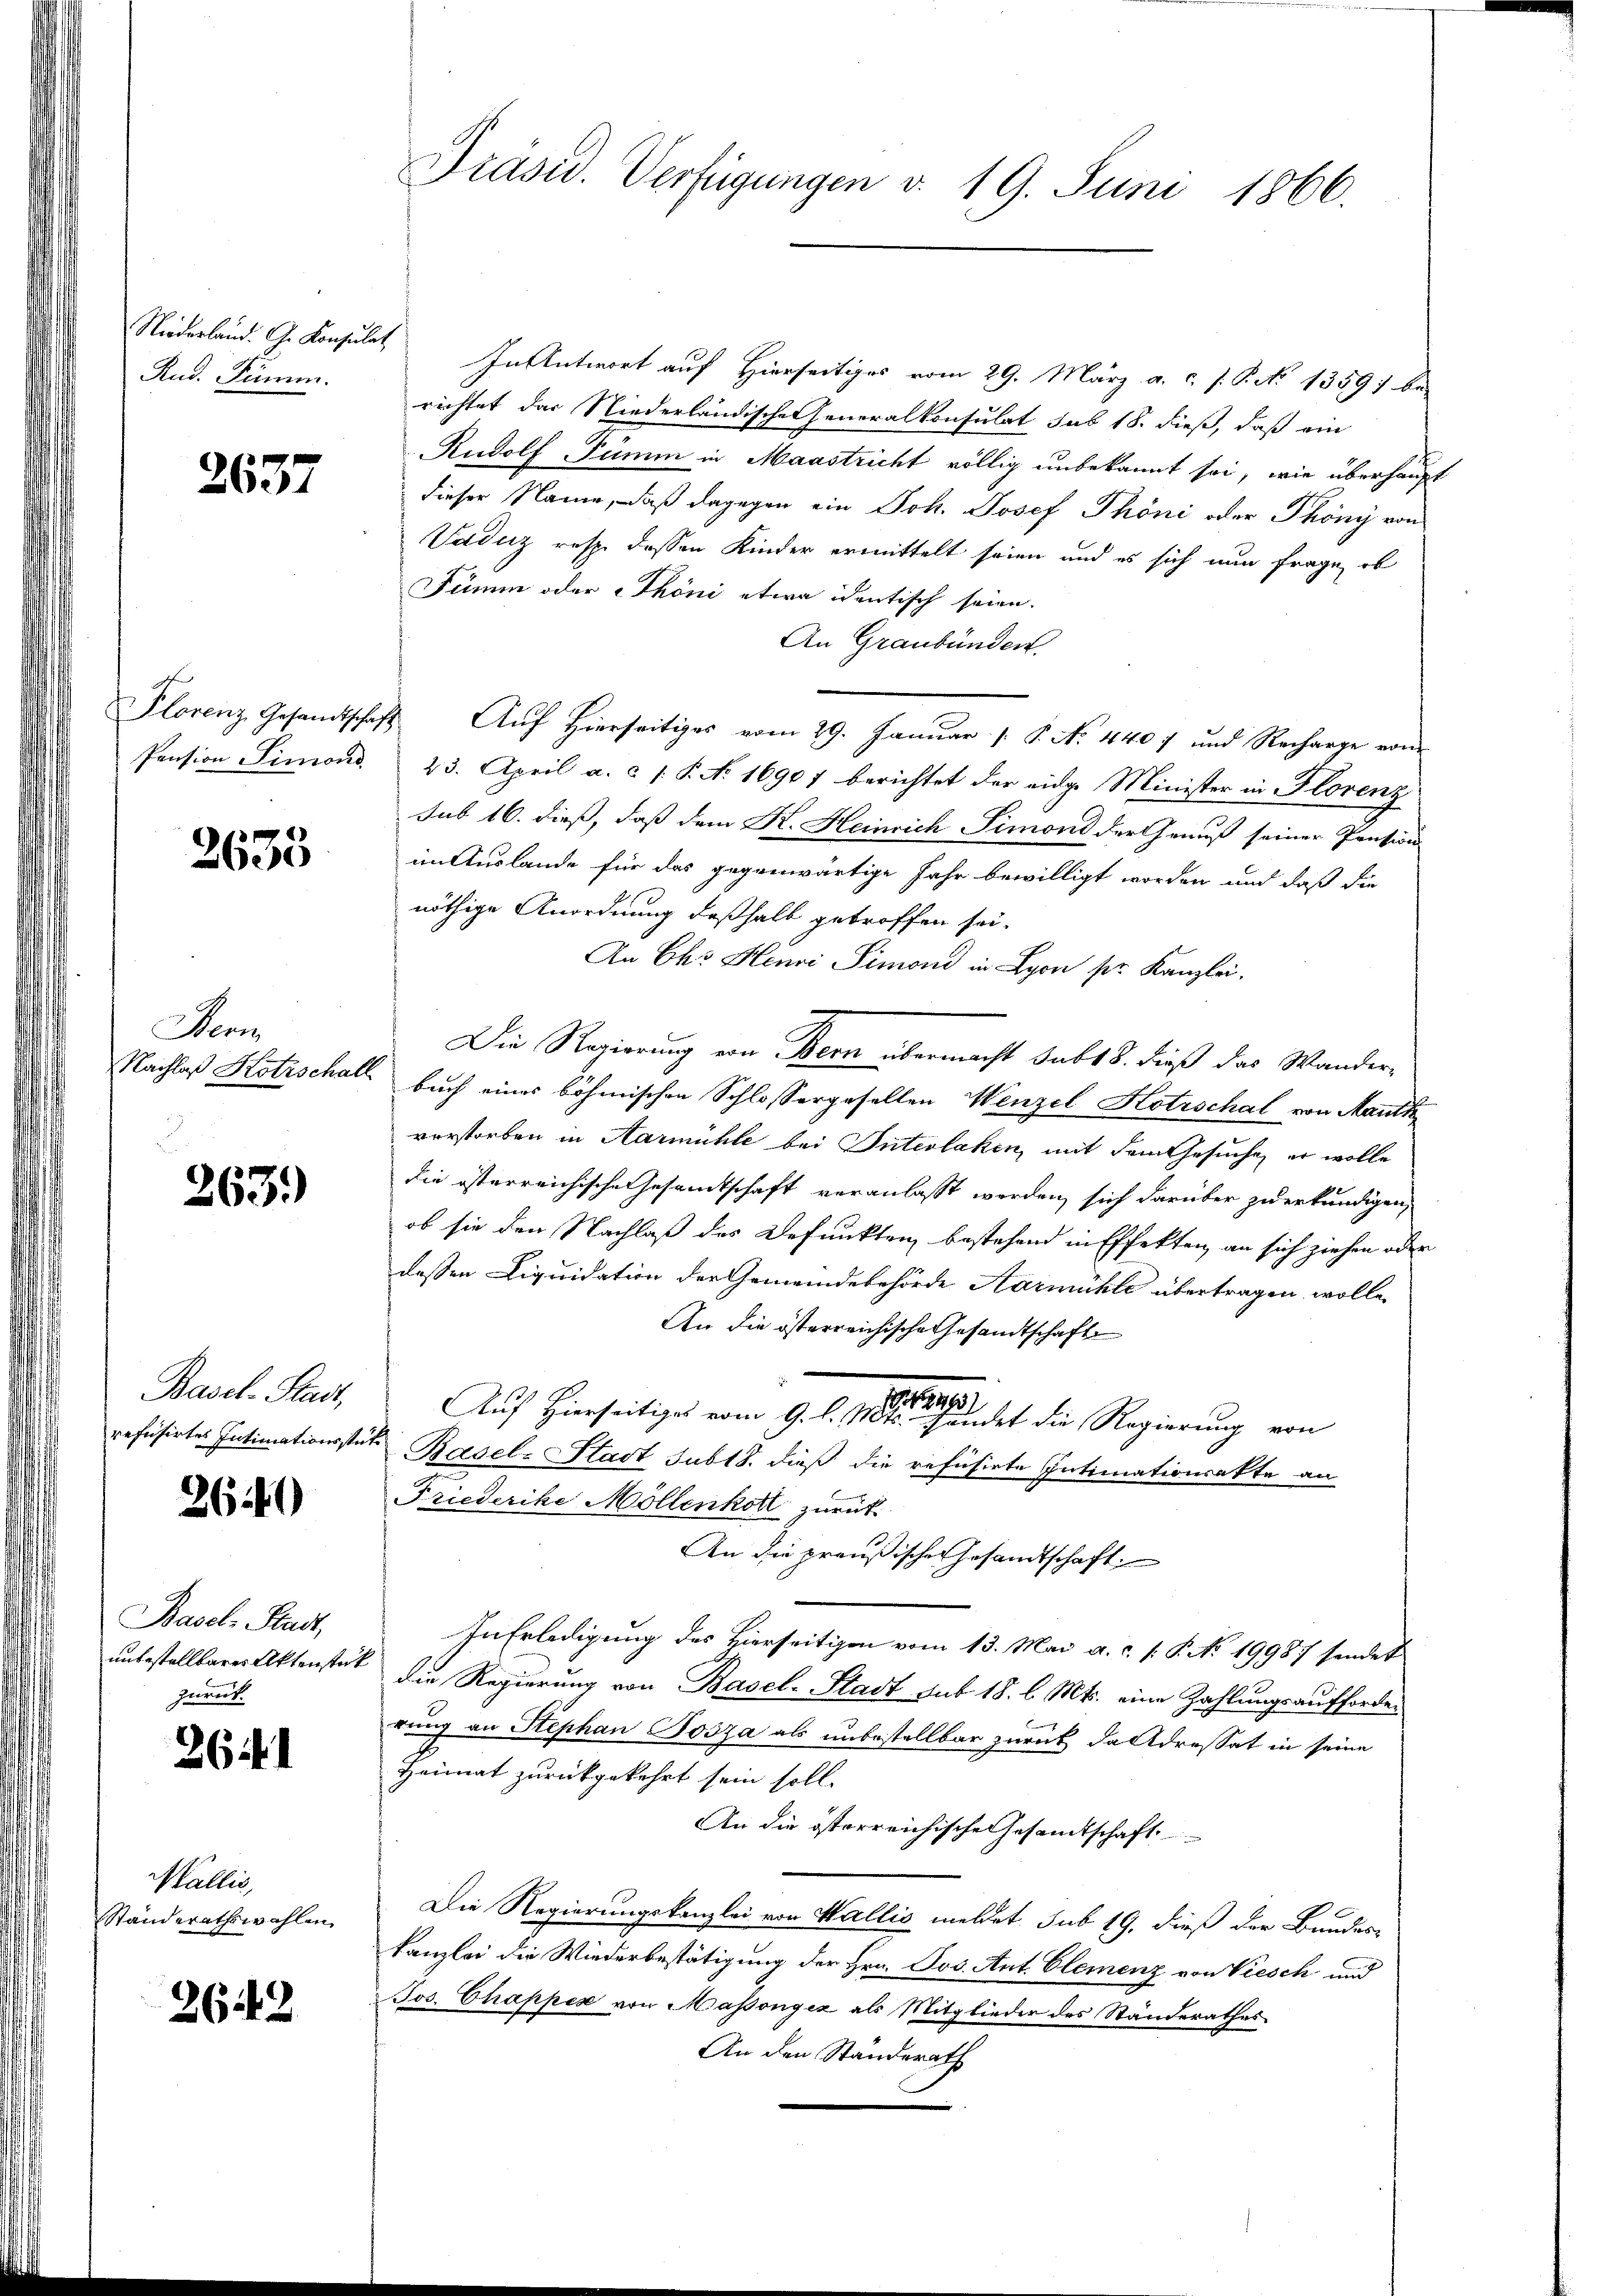
Rud. Pümm.

2637

2635

Bern
Nachlaß Hotzschal

263)

Basel-Stadt,

2640

Basel-Stadt,
unbestellbarer Aktenstat
zurück.

261

Wallis,
Ständerathswahlen

2642

Niederland. G. Konsulat In Antwort auf Hierseitiges vom 29. März a. c. s. S. 13597 be-
richtet das Niederländische Generalkonsulat sub 18. dieß, daß ein
Rudolf Tumm in Maastricht völlig unbekannt sei, wie überhaupt
dieser Name, daß dagegen ein Joh. Josef Phöni oder Phöny von
Vaduz resp. dessen Kinder ermittelt seien und es sich nun frage, ob
Sümm oder Phöni etwa identisch seien.
An Graubünden.
Florenz Gesandtschaft Auf hierseitiges vom 29. Januar /. P. N. 4407 und Recharge von
Pension Simond. 23. April a. c. 1 P. No. 16901 berichtet der eidge Minister in Florenz
sub 16. dieß, daß dem K. Heinrich Simond der Genuß seiner Pension
im Auslande für das gegenwärtige Jahr bewilligt worden und daß die
nöthige Anordnung deßhalb getroffen sei.
An Cho Henri Simoni in Lyon pr. Kanzlei.
Die Regierung von Bern übermacht subt 8. dieß das Wander-
A. Buch eines böhmischen Schlossergesellen Wenzel Hotrschal von Mauth
verstorben in Aarmühle bei Interlaken, mit dem Gesuche er wolle
die österreichische Gesamtschaft veranlaßt werden, sich darüber zu erkundigen,
ob sie den Nachlaß des Defunkten bestehend in Effekten an sich ziehen oder
dessen Liquidation der Gemeindebehörde Aarmühle übertragen wolle,
An die österreichische Gesandtschaft
Auf Hirseitiges vom 9. d. 1891 in der die Regierung von
refüsirtes Intimationsstat Basel-Stadt subts. dieß die refüsirte Intimationsakte an
Friederike Möllenkoll zurück
An die preußische Gesandtschaft
In Erledigung des Hierseitigen vom 13. Mai a.c. s. P. No 19987 sendet
 Die Regierung von Basel-Stadt sub 18. b. Mts. eine Zahlungsaufforderung an Stephan Josza als unbestellbar zurück da Adressat in seine
Heimat zurückgekehrt sein soll.
An die österreichische Gesamtschaft
Die Regierungskanzlei von Wallis meldet sub 19, dieß der Bundes-
kanzlei die Wiederbestätigung der Hrn. Jos. Ant. Clemenz von Viesch und
Jos. Chappes von Massongéz als Mitglieder des Ständerathes
An den Ständerath

Präsid. Verfügungen v. 19. Juni 1866.